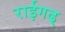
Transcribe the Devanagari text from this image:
राईगढ्